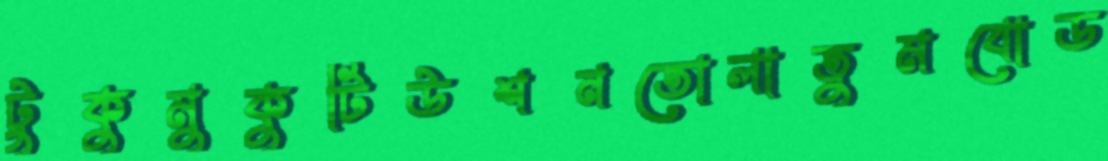
টুকুমুকুটিউশনতোলাতুমবোড